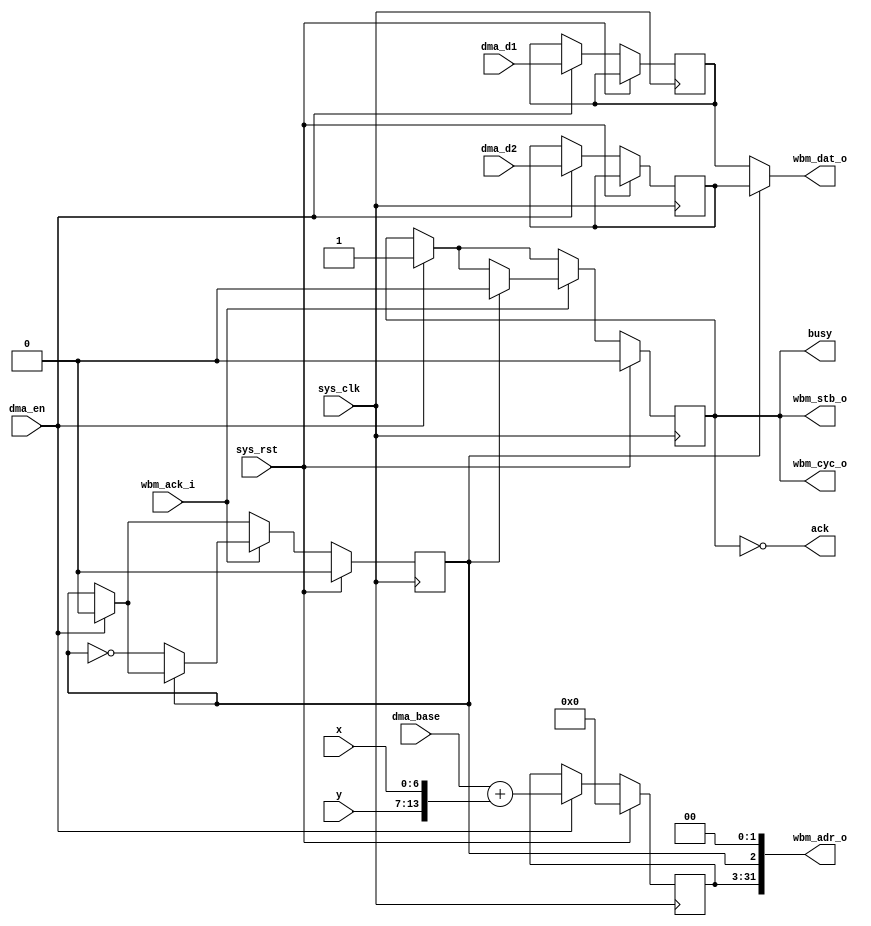
/*
 * Milkymist SoC
 * Copyright (C) 2007, 2008, 2009 Sebastien Bourdeauducq
 *
 * This program is free software: you can redistribute it and/or modify
 * it under the terms of the GNU General Public License as published by
 * the Free Software Foundation, version 3 of the License.
 *
 * This program is distributed in the hope that it will be useful,
 * but WITHOUT ANY WARRANTY; without even the implied warranty of
 * MERCHANTABILITY or FITNESS FOR A PARTICULAR PURPOSE.  See the
 * GNU General Public License for more details.
 *
 * You should have received a copy of the GNU General Public License
 * along with this program.  If not, see <http://www.gnu.org/licenses/>.
 */

module pfpu_dma(
	input sys_clk,
	input sys_rst,

	input dma_en,
	input [28:0] dma_base,
	input [6:0] x,
	input [6:0] y,
	input [31:0] dma_d1,
	input [31:0] dma_d2,

	output ack,
	output busy,

	output [31:0] wbm_dat_o,
	output [31:0] wbm_adr_o,
	output wbm_cyc_o,
	output reg wbm_stb_o,
	input wbm_ack_i
);

reg write_y;
reg [28:0] vector_start;
reg [31:0] dma_d1_r;
reg [31:0] dma_d2_r;

always @(posedge sys_clk) begin
	if(sys_rst) begin
		vector_start <= 29'd0;
		write_y <= 1'b0;
		wbm_stb_o <= 1'b0;
	end else begin
		if(dma_en) begin
			wbm_stb_o <= 1'b1;
			write_y <= 1'b0;
			vector_start <= dma_base + {y, x};
			dma_d1_r <= dma_d1;
			dma_d2_r <= dma_d2;
		end
		if(wbm_ack_i) begin
			if(write_y)
				wbm_stb_o <= 1'b0;
			else
				write_y <= ~write_y;
		end
	end
end

assign wbm_adr_o = {vector_start, write_y, 2'b00};
assign wbm_dat_o = write_y ? dma_d2_r : dma_d1_r;

assign wbm_cyc_o = wbm_stb_o;

assign ack = ~wbm_stb_o;
assign busy = wbm_stb_o;

endmodule